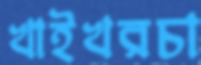
খাইখরচা